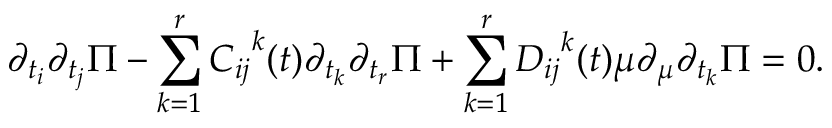
\partial _ { t _ { i } } \partial _ { t _ { j } } \Pi - \sum _ { k = 1 } ^ { r } { C _ { i j } } ^ { k } ( t ) \partial _ { t _ { k } } \partial _ { t _ { r } } \Pi + \sum _ { k = 1 } ^ { r } { D _ { i j } } ^ { k } ( t ) \mu \partial _ { \mu } \partial _ { t _ { k } } \Pi = 0 .